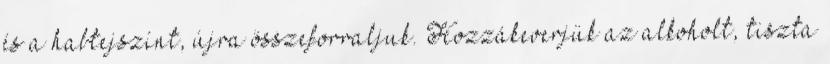
és a habtejszínt, újra összeforraljuk. Hozzákeverjük az alkoholt, tiszta